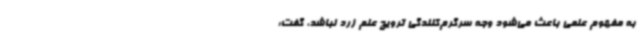
به مفهوم علمی باعث می‌شود وجه سرگرم‌کنندگی ترویج علم زرد نباشد، گفت: